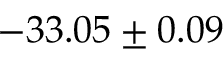
- 3 3 . 0 5 \pm 0 . 0 9